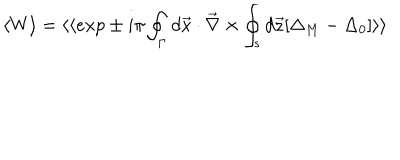
\langle W \rangle = \langle \langle e x p \pm i \pi \oint _ { \Gamma } d \vec { x } \cdot \vec { \nabla } \times \oint _ { s } d \vec { z } [ \Delta _ { M } - \Delta _ { 0 } ] \rangle \rangle